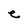
Character: e